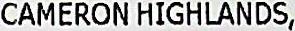
CAMERON HIGHLANDS,